NAE_ERA_R-2632_ENSV_TA_Emakeele_Selts_1945-1955, lk 185
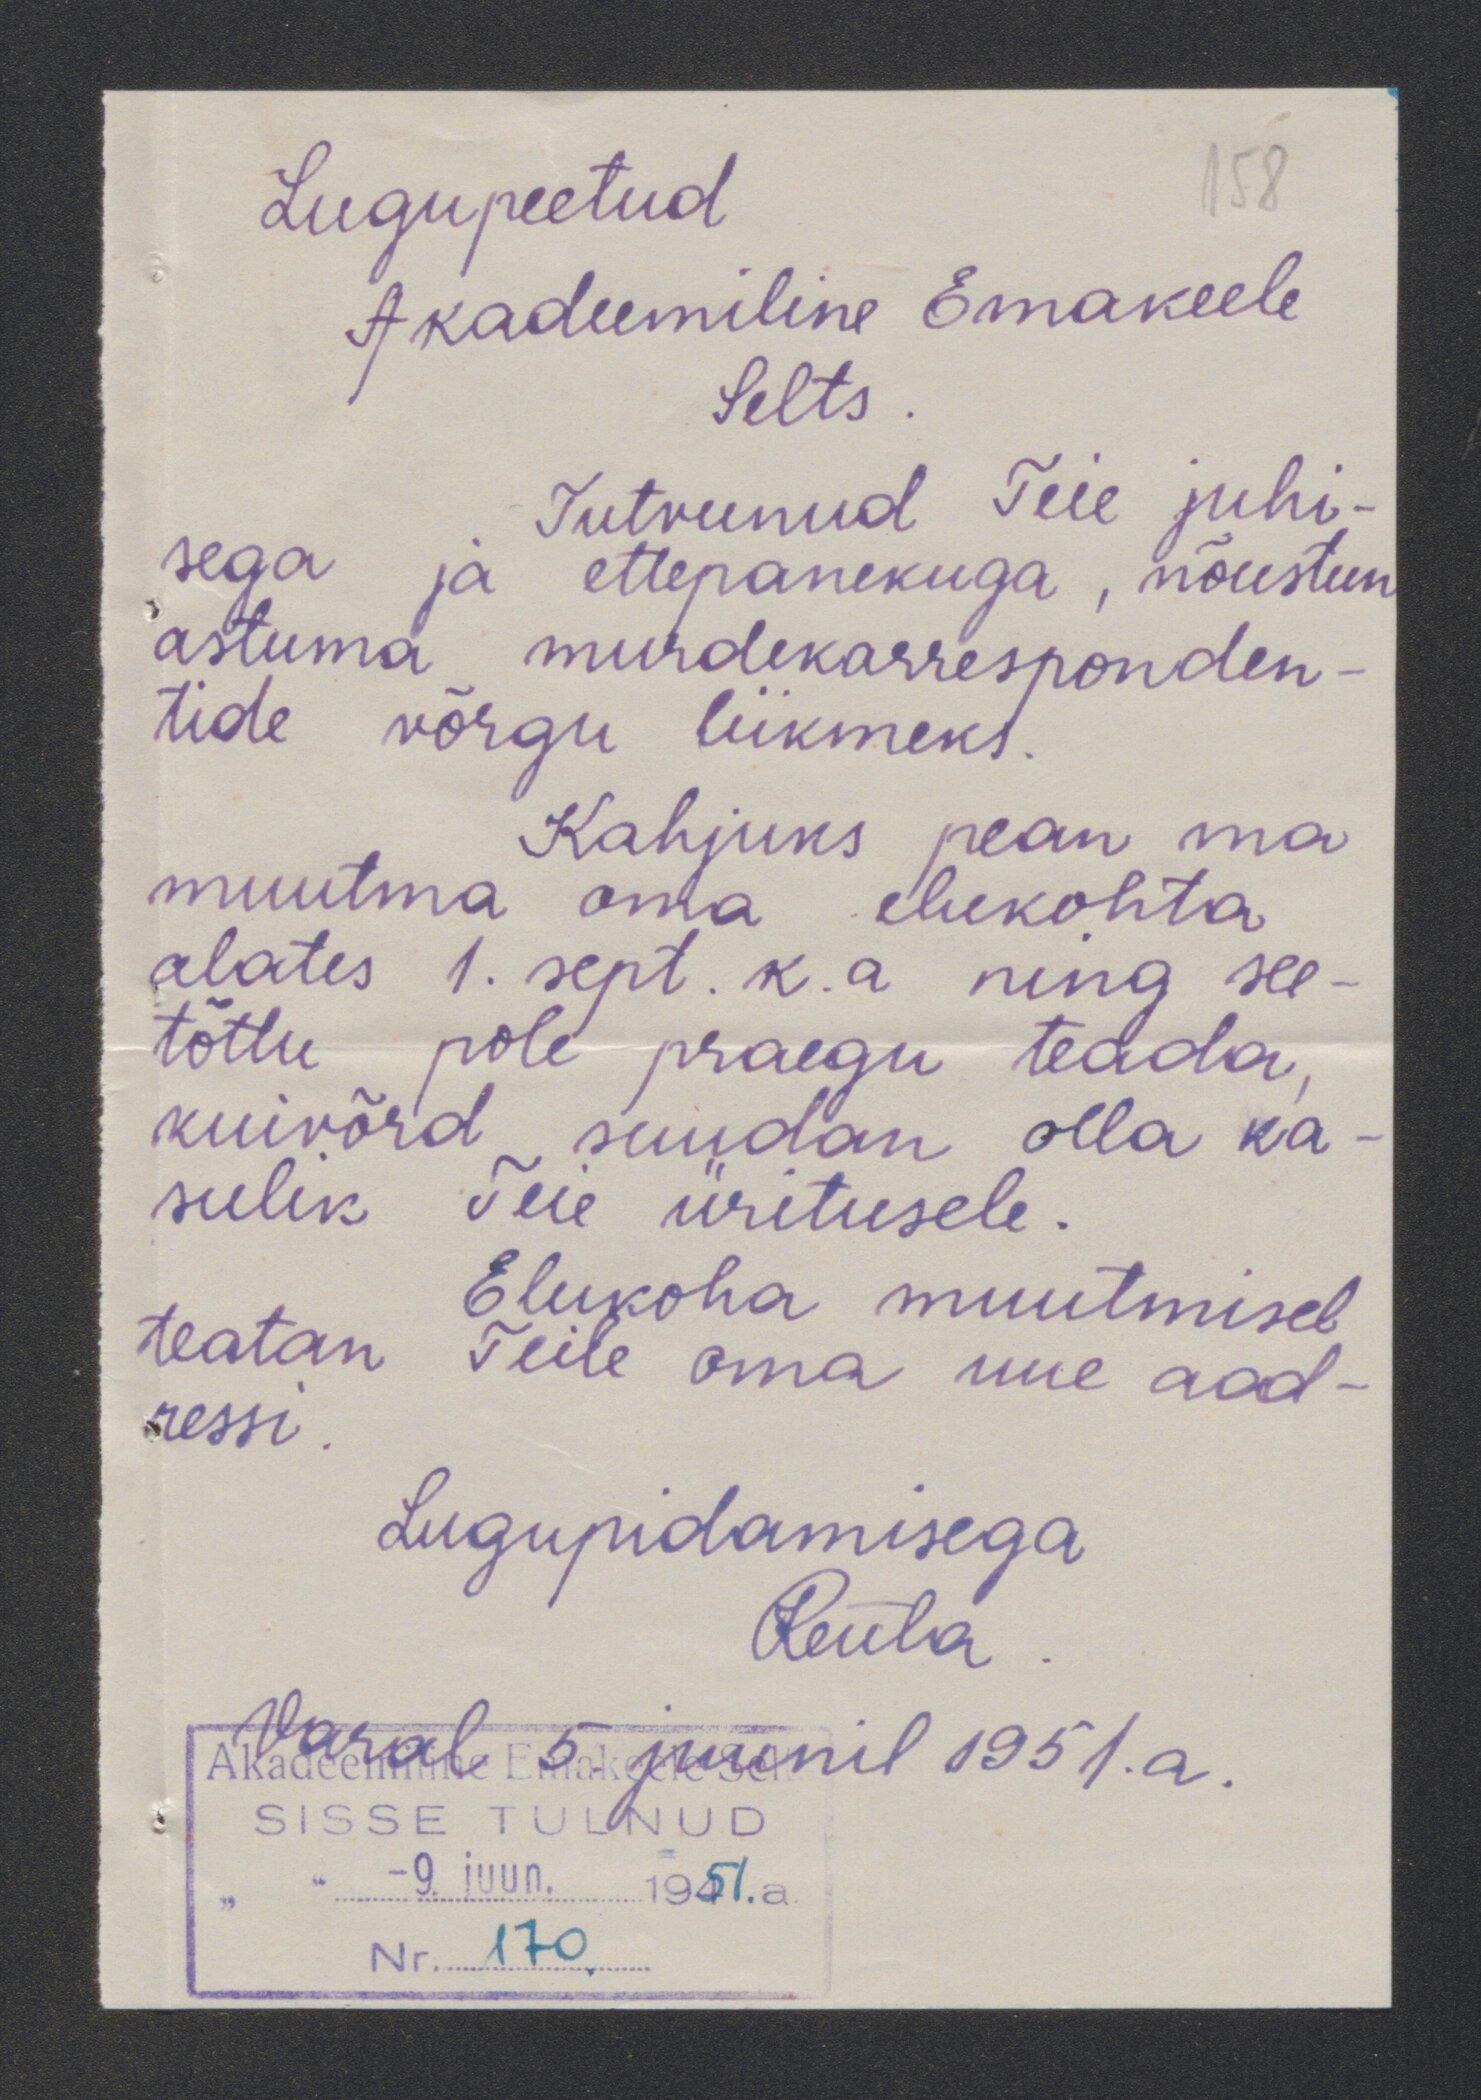
58
Lugupeetud
Akadeemiline Emakeele
Selts
Tutvunud Teie juhi-
sega
ja ettepanekuga, nõustun
astuma murdekorresponden
tide võrgu liikmeks.
Kahjuks pean ma
muutma oma elukohta
alates 1. sept. k.a ning see
tõttu.
pole praegu teada
kuivõrd suudan olla ka
sulik
Teie üritusele
Elukoha muutmisel
teatan Teile oma uue aad-
ressi
Lugupidamisega
Varal 5. juunil 1951. a.
SISSE TULNUD